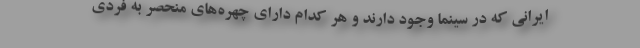
ایرانی که در سینما وجود دارند و هر کدام دارای چهره‌های منحصر به فردی